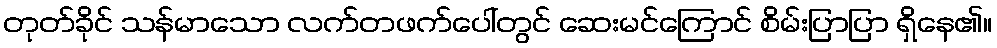
တုတ်ခိုင် သန်မာသော လက်တဖက်ပေါ်တွင် ဆေးမင်ကြောင် စိမ်းပြာပြာ ရှိနေ၏။